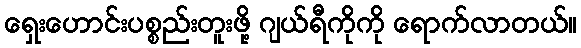
ရှေးဟောင်းပစ္စည်းတူးဖို့ ဂျယ်ရီကိုကို ရောက်လာတယ်။